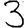
Digit: 3